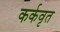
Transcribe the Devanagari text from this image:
कर्कवृत